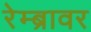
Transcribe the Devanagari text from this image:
रेम्ब्रावर